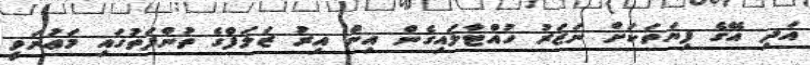
އަދި އޭގެ ފިޔަތަކަށް ނަޒަރު ހުއްޓާލައިގެން އިން އިރު ޒަލަފްގެ ތުންފަތުގައި މަޢުނަވީ